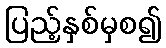
ပြည့်နှစ်မှစ၍